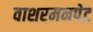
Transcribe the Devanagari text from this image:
वाशरमनपेट